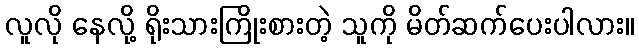
လူလို နေလို့ ရိုးသားကြိုးစားတဲ့ သူကို မိတ်ဆက်ပေးပါလား။